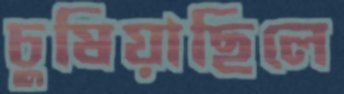
চুষিয়াছিলে